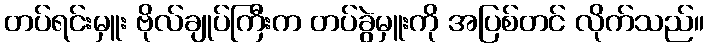
တပ်ရင်းမှူး ဗိုလ်ချုပ်ကြီးက တပ်ခွဲမှူးကို အပြစ်တင် လိုက်သည်။